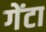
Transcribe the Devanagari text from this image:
गेंटा